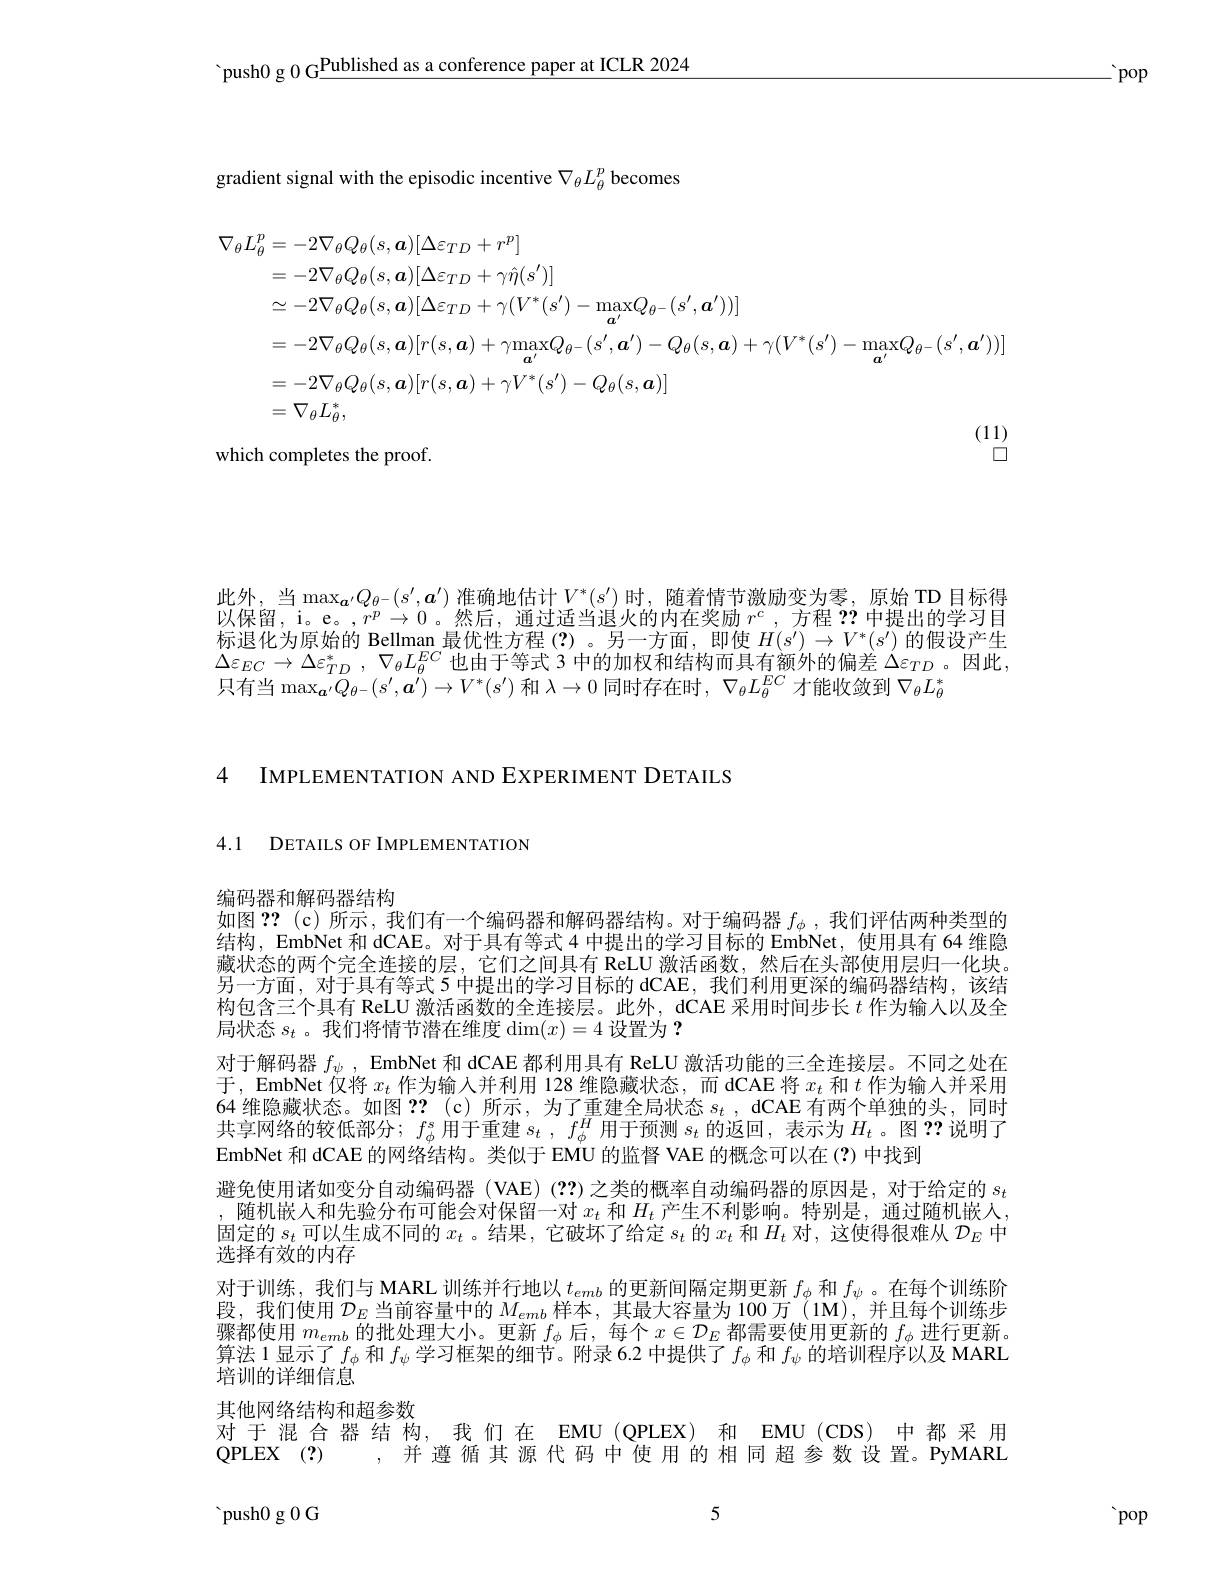
'push0 g 0 G$\underline\text{Published as a conference paper at ICLR 2024}$

-pop

gradient signal with the episodic incentive $\nabla_\theta L_\theta^p$ becomes
$$\begin{aligned}\nabla_{\theta}L_{\theta}^{p}&=-2\nabla_{\theta}Q_{\theta}(s,\boldsymbol{a})[\Delta\varepsilon_{TD}+r^{p}]\\&=-2\nabla_{\theta}Q_{\theta}(s,\boldsymbol{a})[\Delta\varepsilon_{TD}+\gamma\hat{\eta}(s^{\prime})]\\&\simeq-2\nabla_{\theta}Q_{\theta}(s,\boldsymbol{a})[\Delta\varepsilon_{TD}+\gamma(V^{*}(s^{\prime})-\max_{\boldsymbol{a}^{\prime}}Q_{\theta^{-}}(s^{\prime},\boldsymbol{a}^{\prime}))]\\&=-2\nabla_{\theta}Q_{\theta}(s,\boldsymbol{a})[r(s,\boldsymbol{a})+\gamma\max_{\boldsymbol{a}^{\prime}}Q_{\theta^{-}}(s^{\prime},\boldsymbol{a}^{\prime})-Q_{\theta}(s,\boldsymbol{a})+\gamma(V^{*}(s^{\prime})-\max_{\boldsymbol{a}^{\prime}}Q_{\theta^{-}}(s^{\prime},\boldsymbol{a}^{\prime}))]\\&=-2\nabla_{\theta}Q_{\theta}(s,\boldsymbol{a})[r(s,\boldsymbol{a})+\gamma V^{*}(s^{\prime})-Q_{\theta}(s,\boldsymbol{a})]\\&=\nabla_{\theta}L_{\theta}^{*},\end{aligned}$$
which completes the proof.
口

此外，当$\max_{\boldsymbol{a}^{\prime}}Q_{\theta-}(s^{\prime},\boldsymbol{a}^{\prime})$准确地估计$V^*(s^{\prime})$时，随着情节激励变为零，原始 TD 目标得以保留，i。e。,$r^p\to0$。然后，通过适当退火的内在奖励$r^c$,方程？?中提出的学习目标退化为原始的 Bellman 最优性方程(?)。另一方面，即使$H(s^\prime)\to V^*(s^{\prime})$的假设产生$\Delta \varepsilon _{EC}\to \Delta \varepsilon _{TD}^{* }$ , $\nabla _{\theta }L_{\theta }^{EC}$ 也由于等式 3 中的加权和结构而具有额外的偏差 $\Delta\varepsilon_{TD}$ 。因此只有当$\operatorname*{max}_{\boldsymbol{a}^{\prime}}Q_{\theta-}(s^{\prime},\boldsymbol{a}^{\prime})\to V^*(s^{\prime})$和$\lambda\to0$同时存在时，$\nabla_\theta L_\theta^EC$才能收敛到$\nabla_\theta L_\theta^*$

4 IMPLEMENTATION AND EXPERIMENT DETAILS

4.1 DETAILS OF IMPLEMENTATION

编码器和解码器结构
如图 ??(c)所示，我们有一个编码器和解码器结构。对于编码器$f_\phi$,我们评估两种类型的结构，EmbNet 和 dCAE。对于具有等式 4 中提出的学习目标的 EmbNet, 使用具有 64 维隐藏状态的两个完全连接的层，它们之间具有 ReLU 激活函数，然后在头部使用层归一化块。另一方面，对于具有等式 5 中提出的学习目标的 dCAE, 我们利用更深的编码器结构，该结构包含三个具有 ReLU 激活函数的全连接层。此外，dCAE 采用时间步长$t$作为输人以及全局状态$s_t$ 。我们将情节潜在维度$\dim(x)=4$设置为？
对于解码器$f_\psi$, EmbNet 和 dCAE 都利用具有 ReLU 激活功能的三全连接层。不同之处在于，EmbNet 仅将$x_{t}$作为输入并利用 128 维隐藏状态，而 dCAE 将$x_{t}$和$t$作为输入并采用64 维隐藏状态。如图 ?? (c)所示，为了重建全局状态 $s_t$ , dCAE 有两个单独的头，同时共享网络的较低部分；$f_\phi^s$用于重建$s_t$ , $f_\phi ^H$用于预测$s_t$的返回，表示为$H_t$ 。图？?说明了EmbNet 和 dCAE 的网络结构。类似于 EMU 的监督 VAE 的概念可以在 (?) 中找到
避免使用诸如变分自动编码器 (VAE)(??)之类的概率自动编码器的原因是，对于给定的$s_t$ ,随机嵌入和先验分布可能会对保留一对$x_t$和$H_t$产生不利影响。特别是，通过随机嵌人固定的$s_t$可以生成不同的$x_t$ 。结果，它破坏了给定$s_t$的$x_t$和$H_t$对，这使得很难从$\mathcal{D}_E$中选择有效的内存
对于训练，我们与 MARL 训练并行地以$t_emb$的更新间隔定期更新$f_\phi$和$f_\psi$ 。在每个训练阶段，我们使用$\mathcal{D}_E$当前容量中的$M_emb$样本，其最大容量为 100万 (1M),并且每个训练步骤都使用$m_emb$的批处理大小。更新$f_\phi$后，每个$x\in\mathcal{D}_E$都需要使用更新的$f_\phi$进行更新。算法 1 显示了$f_\phi$和$f_\psi$学习框架的细节。附录 6.2 中提供了$f_\phi$和$f_\psi$的培训程序以及 MARL 培训的详细信息
其他网络结构和超参数
对于混合器结构，我们在 EMU(QPLEX)和 EMU(CDS) 中都采用QPLEX (?)  , 并遵循其源代码中使用的相同超参数设置。PyMARL
5
${\mathrm{~push}}0$g 0 G

pop